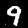
Label: 9